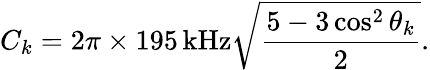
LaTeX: C_{k}=2\pi\times 195\, \mathrm{kHz}\sqrt{\frac{5-3\cos^{2}\theta_{k}}{2}}.